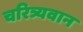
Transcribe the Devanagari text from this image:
चरित्र्यवान